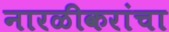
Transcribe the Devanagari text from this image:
नारळीकरांचा